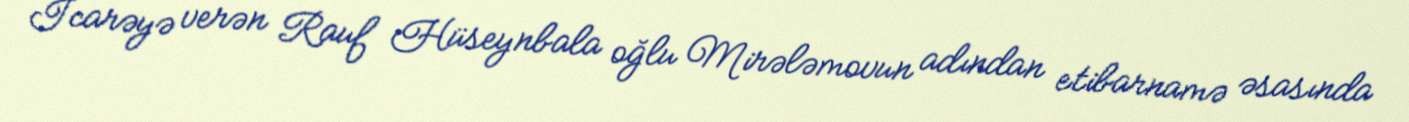
İcarəyə verən Rauf Hüseynbala oğlu Mirələmovun adından etibarnamə əsasında